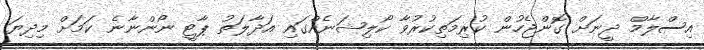
އިސްލާމް ދީނަށް ގޮންޖެހުން ކުރިމަތިކުރުވާ ކޯލިޝަނެއްގައި އަދާލަތު ޕާޓީ ނޯންނާނެ ކަމަށް މިދިޔަ